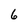
Character: 6